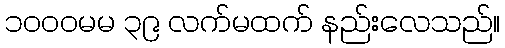
၁၀၀၀မမ ၃၉ လက်မထက် နည်းလေသည်။